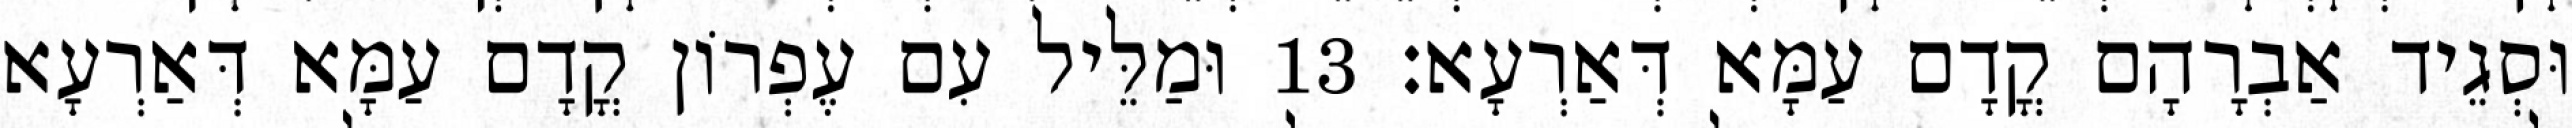
וּסְגֵיד אַבְרָהָם קֳדָם עַמָּא דְּאַרְעָא׃ 13 וּמַלֵּיל עִם עֶפְרוֹן קֳדָם עַמָּא דְּאַרְעָא